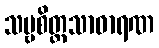
သဗ္ဗစိတ္တသာဓာရဏ